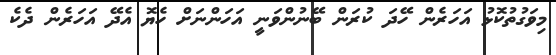
މިވަގުތުކޮޅު އަހަރެން ހޭދަ ކުރަން ބޭނުންވަނީ އަހަންނަށް ހެޔޮ އެދޭ އަހަރެން ދެކެ